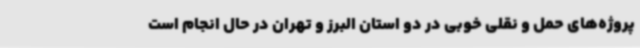
پروژه‌های حمل و نقلی خوبی در دو استان البرز و تهران در حال انجام است